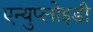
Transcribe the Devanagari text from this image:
एन्युप्लोइडी